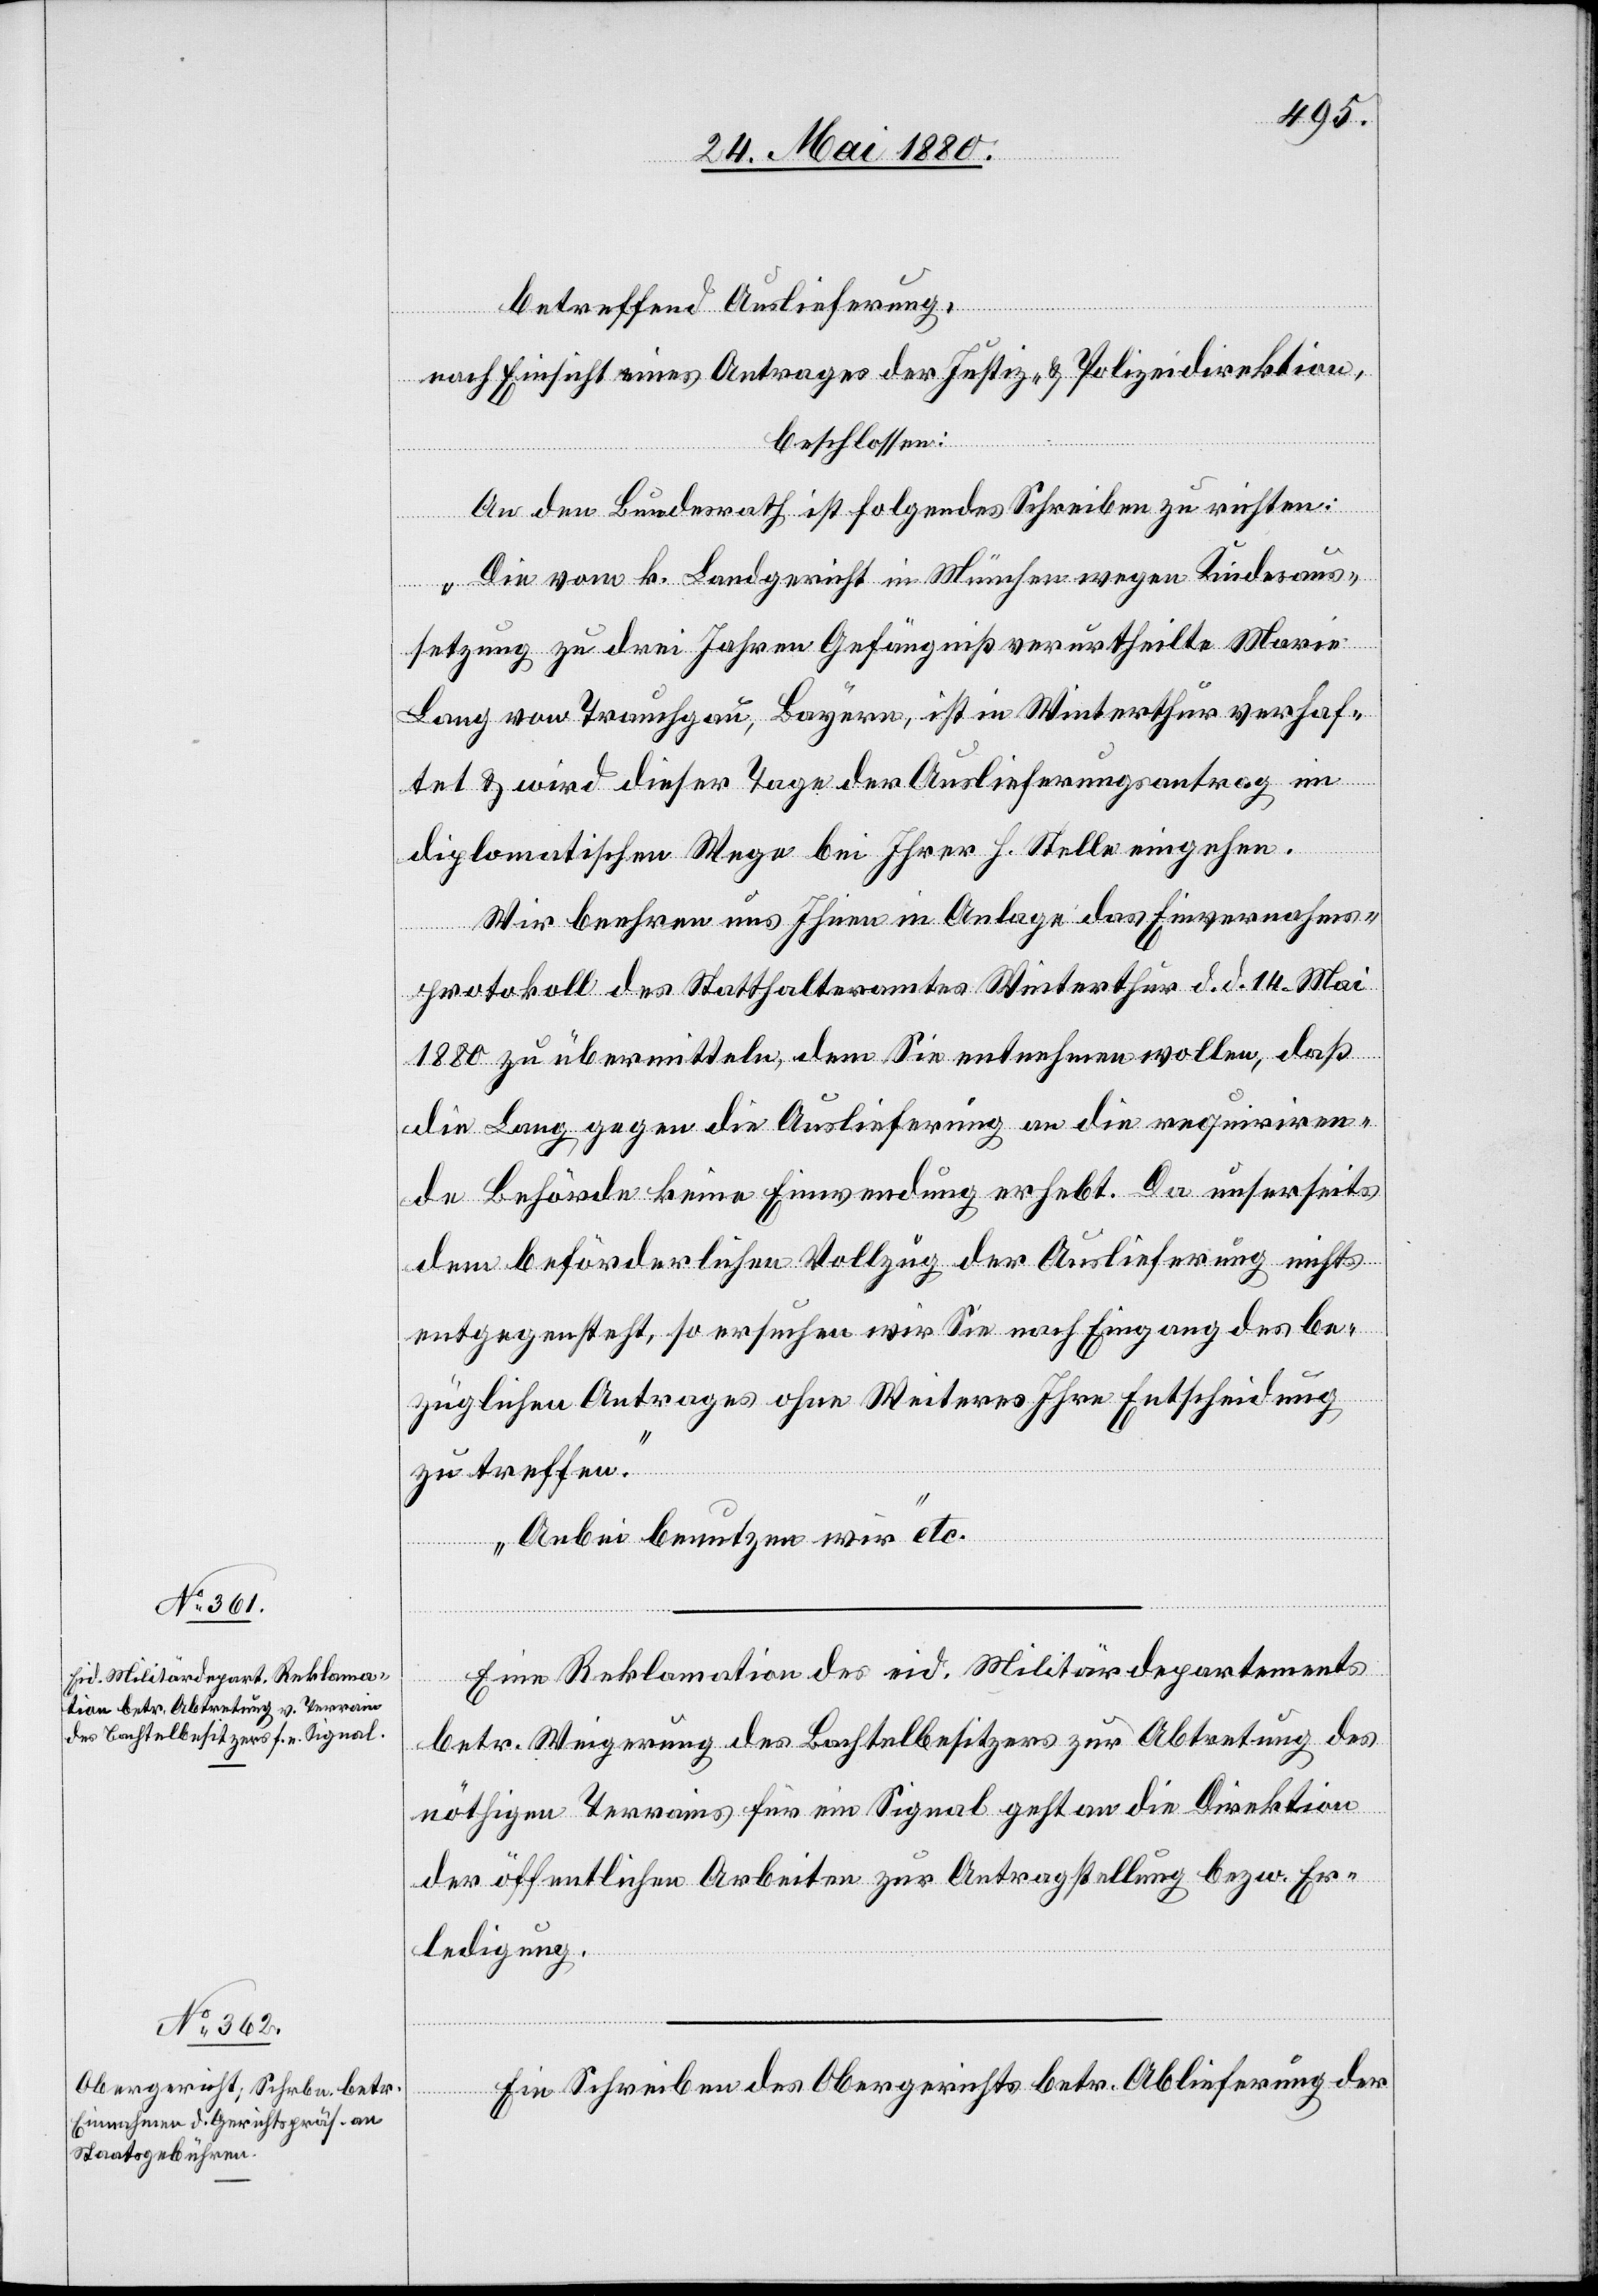
25. Mai 1880.]
betreffend Auslieferung,
nach Einsicht eines Antrages der Justiz- & Polizeidirektion,
beschlossen:
An den Bundesrath ist folgendes Schreiben zu richten:
„Die vom k. Landgericht in München wegen Kindesaus¬
setzung zu drei Jahren Gefängniß verurtheilte Marie
Lang von Trauchgau, Bayern, ist in Winterthur verhaf¬
tet & wird dieser Tage der Auslieferungsantrag im
diplomatischen Wege bei Ihrer h. Stelle eingehen.
Wir beehren uns Ihnen in Anlage das Einvernahms¬
protokoll des Statthalteramtes Winterthur d. d. 14. Mai
1880 zu übermitteln, dem Sie entnehmen wollen, daß
die Lang gegen die Auslieferung an die requiriren¬
de Behörde keine Einwendung erhebt. Da unserseits
dem beförderlichen Vollzug der Auslieferung nichts
entgegensteht, so ersuchen wir Sie nach Eingang des be¬
züglichen Antrages ohne Weiteres Ihre Entscheidung
zu treffen.
Anbei benutzen wir“ etc.
Eine Reklamation des eid. Militärdepartement
betr. Weigerung des Bachtelbesitzers zur Abtretung des
nöthigen Terrains für ein Signal geht an die Direktion
der öffentlichen Arbeiten zur Antragstellung bezw. Er¬
ledigung.
Ein Schreiben des Obergerichts betr. Ablieferung der